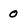
Character: 0